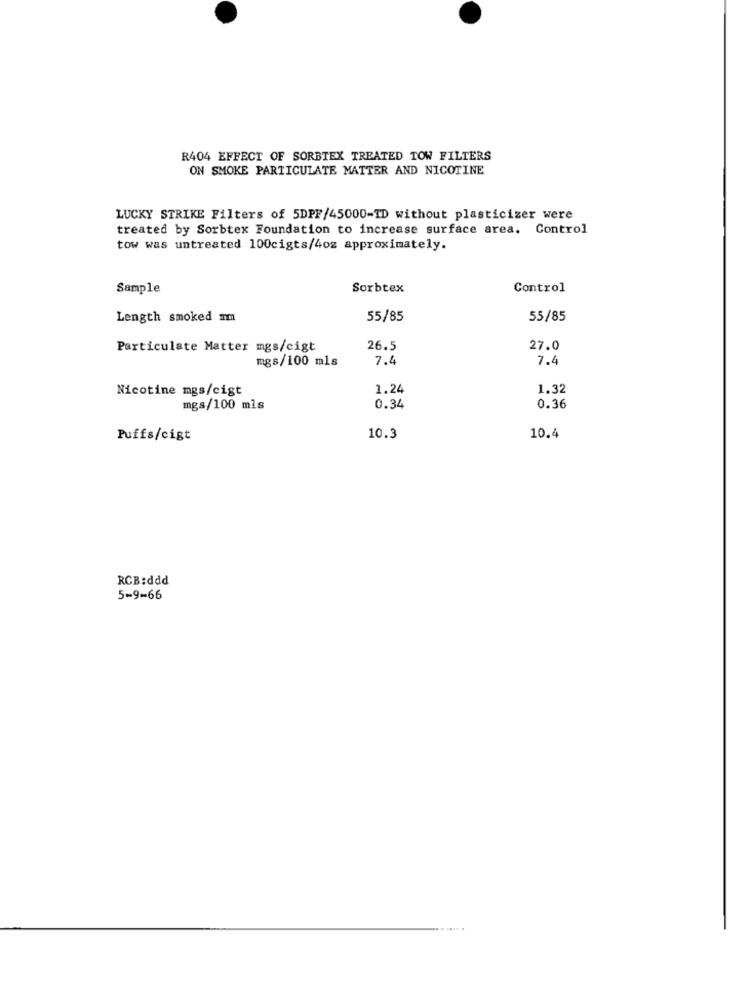
R404 EFFECT OF SORBTEX TREATED TOW FILTERS
ON SMOKE PARTICULATE MATTER AND NICOTINE
LUCKY STRIKE Filters of 5DPF/45000-ID without plasticizer were
treated by Sorbtex Foundation to increase surface area. Control
tow was untreated 100cigts/4oz approximately.
Sample
Sorbtex
Control
Length smoked mm
55/85
55/85
Particulate Matter mgs/cigt
26.5
27.0
mgs/100 mls
7.4
7.4
Nicotine mgs/cigt
1.24
1.32
mgs/100 mls
0.34
0.36
Puffs/cigt
10.3
10.4
RCB:ddd
5-9-66